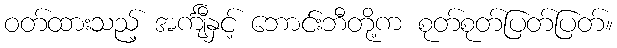
ဝတ်ထားသည့် အင်္ကျီနှင့် ဘောင်းဘီတို့က စုတ်စုတ်ပြတ်ပြတ်။